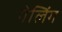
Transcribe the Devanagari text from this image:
गेलिंग